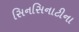
સિનસિનાટીના